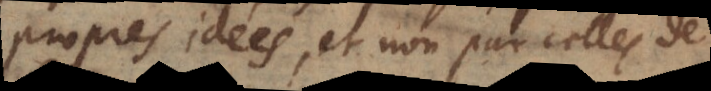
propres idées, et non par celles de